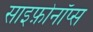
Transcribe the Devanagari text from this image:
साइफ़ोनॉप्स